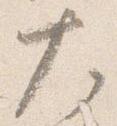
大